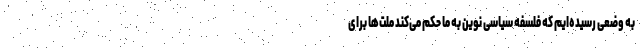
به وضعی رسیده‌ایم که فلسفه سیاسی نوین به ما حکم می‌کند ملت‌ها برای